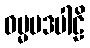
ဓမ္မပဒပါဠိ